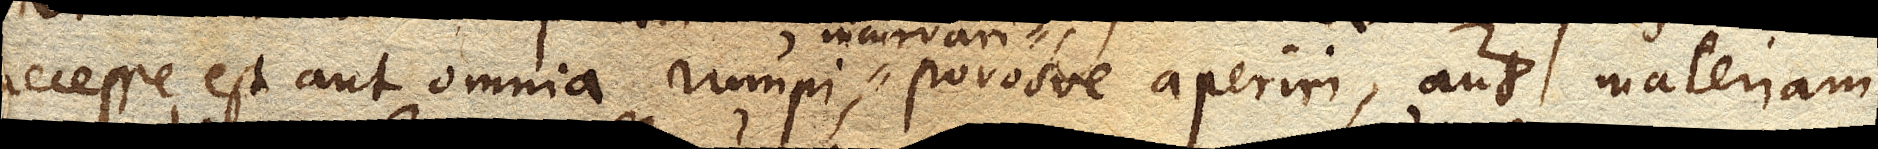
necesse est aut omnia rumpi, incurvari, porosve aperiri, aut materiam